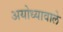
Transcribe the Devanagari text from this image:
अयोध्यावाले